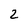
Character: 2